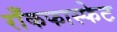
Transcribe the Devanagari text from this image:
राँकफास्फेट